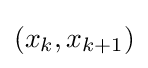
(x_{k},x_{k+1})